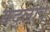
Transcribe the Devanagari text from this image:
बद्लावे